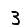
Digit: 3